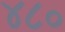
૪૮૦